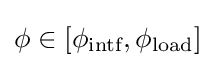
\phi \in [\phi _{\text{intf}},\phi _{\text{load}}]